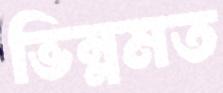
ভিন্নমত